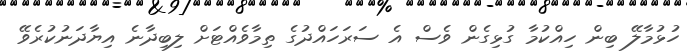
ހުޅުމާލޭ ބިން ހިއްކުމާ ގުޅިގެން ވެސް އެ ސަރަހައްދުގެ ތިމާވެއްޓަށް ލިބިދާނެ އިޔާދަނުކުރެވޭ